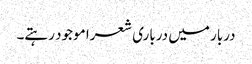
دربار میں درباری شعرا موجود رہتے۔